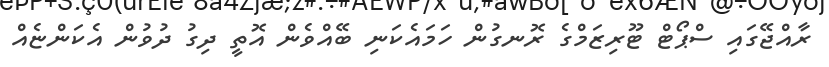
ރާއްޖޭގައި ސްޕޯޓް ޓޫރިޒަމްގެ ރޮނގުން ހަމައެކަނި ބޭއްވެން އޮތީ ދިގު ދުވުން އެކަންޏެއް